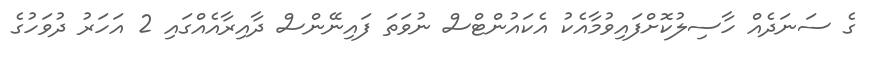
ގެ ސަނަދެއް ހާސިލުކޮށްފައިވުމާއެކު އެކައުންޓްސް ނުވަތަ ފައިނޭންސް ދާއިރާއެއްގައި 2 އަހަރު ދުވަހުގެ